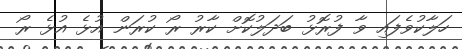
ހަލާކުވެފައި ވާ ފުރޮޅު ބަދަލުކޮށް ކާރު ރޯ ކުރަން އުޅެ އުޅެ ރޯ